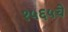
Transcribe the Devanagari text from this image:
१५६५चे